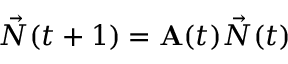
\vec { N } ( t + 1 ) = \mathbf { A } ( t ) \vec { N } ( t )